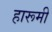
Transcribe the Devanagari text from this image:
हारूमी